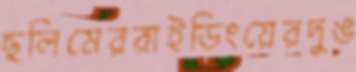
ছলিমেররাইডিংয়েরদুঙ